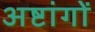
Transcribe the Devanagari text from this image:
अष्टांगों